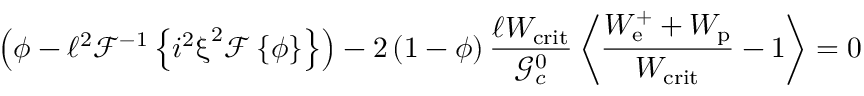
\left( \phi - \ell ^ { 2 } \mathcal { F } ^ { - 1 } \left\{ i ^ { 2 } \boldsymbol { \upxi } ^ { 2 } \mathcal { F } \left\{ \phi \right\} \right\} \right) - 2 \left( 1 - \phi \right) \frac { \ell W _ { \mathrm { c r i t } } } { \mathcal { G } _ { c } ^ { 0 } } \left\langle \frac { W _ { \mathrm { e } } ^ { + } + W _ { \mathrm { p } } } { W _ { \mathrm { c r i t } } } - 1 \right\rangle = 0